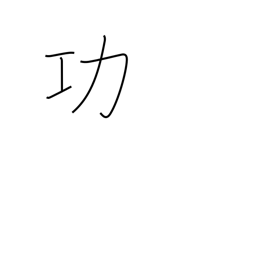
Meaning: honor